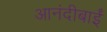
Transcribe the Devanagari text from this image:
आनंदीबाईं